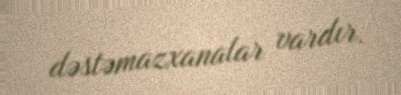
dəstəmazxanalar vardır.